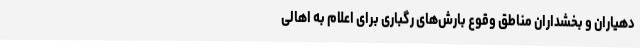
دهیاران و بخشداران مناطق وقوع بارش‌های رگباری برای اعلام به اهالی